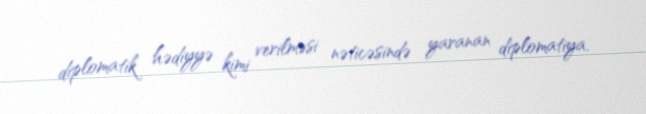
diplomatik hədiyyə kimi verilməsi nəticəsində yaranan diplomatiya.